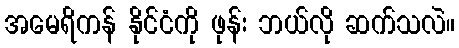
အမေရိကန် နိုင်ငံကို ဖုန်း ဘယ်လို ဆက်သလဲ။